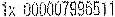
1X 000007996511